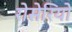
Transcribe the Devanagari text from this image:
रोसेरियो